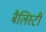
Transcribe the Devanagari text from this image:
बैलिस्टी